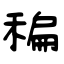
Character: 稨